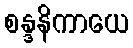
စန္ဒနိကာယေ